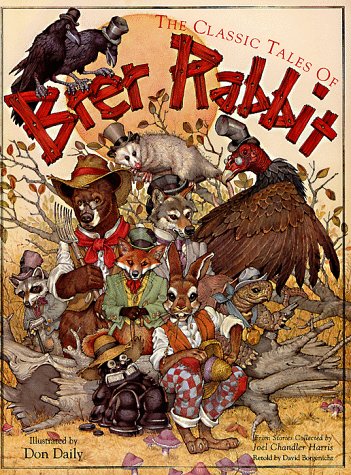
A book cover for The Classic Tales of Brer Rabbit: From the Collected Stories of Joel Chandler Harris; Joel Chandler Harris Uncle Remus; Children's Books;